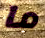
ما